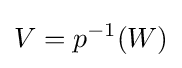
V=p^{-1}(W)